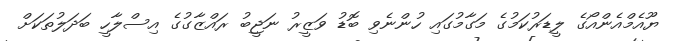
ޔޫއެމްއެންއޯގެ ލީޑަރުކަމުގެ މަގާމުގައި ހުންނެވި ބޮޑު ވަޒީރު ނަޖީބު ރައްޒާގުގެ އިސްލާހީ ބަދަލުތަކަށް